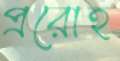
প্ররোহ